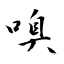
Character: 嗅